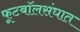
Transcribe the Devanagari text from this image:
फूटबॉलसंघात